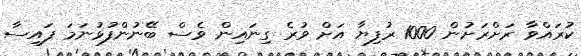
ކުރައްވާ ރަށްރަށުން 1000 ރުފިޔާ އަށް ވުރެ ގިނައިން ވެސް ބޭނުންފުޅުނަމަ ފައިސާ